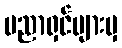
ပညာရှင်များမှ